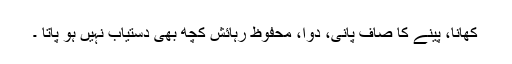
کھانا، پینے کا صاف پانی، دوا، محفوظ رہائش کچھ بھی دستیاب نہیں ہو پاتا ۔